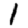
Digit: 1